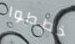
خططوا